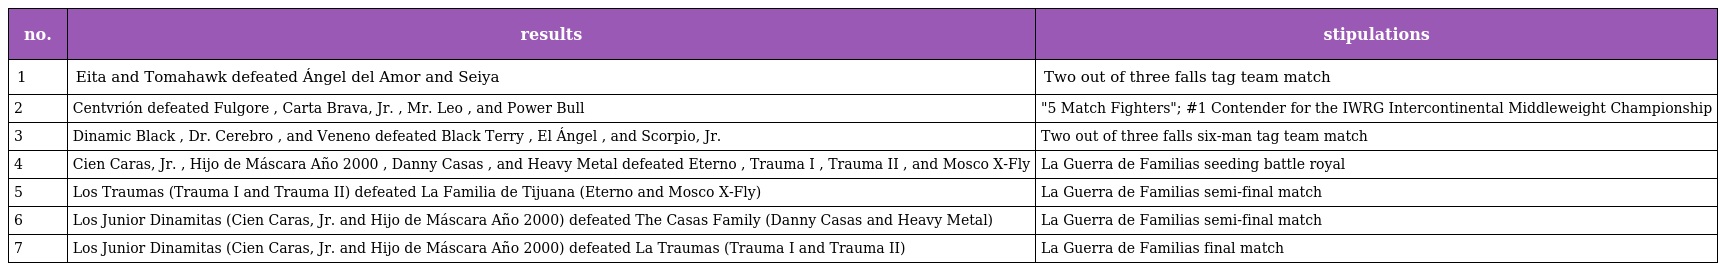
| no. | results | stipulations |
 | --- | --- | --- |
 | 1 | Eita and Tomahawk defeated Ángel del Amor and Seiya | Two out of three falls tag team match |
 | 2 | Centvrión defeated Fulgore , Carta Brava, Jr. , Mr. Leo , and Power Bull | "5 Match Fighters"; #1 Contender for the IWRG Intercontinental Middleweight Championship |
 | 3 | Dinamic Black , Dr. Cerebro , and Veneno defeated Black Terry , El Ángel , and Scorpio, Jr. | Two out of three falls six-man tag team match |
 | 4 | Cien Caras, Jr. , Hijo de Máscara Año 2000 , Danny Casas , and Heavy Metal defeated Eterno , Trauma I , Trauma II , and Mosco X-Fly | La Guerra de Familias seeding battle royal |
 | 5 | Los Traumas (Trauma I and Trauma II) defeated La Familia de Tijuana (Eterno and Mosco X-Fly) | La Guerra de Familias semi-final match |
 | 6 | Los Junior Dinamitas (Cien Caras, Jr. and Hijo de Máscara Año 2000) defeated The Casas Family (Danny Casas and Heavy Metal) | La Guerra de Familias semi-final match |
 | 7 | Los Junior Dinamitas (Cien Caras, Jr. and Hijo de Máscara Año 2000) defeated La Traumas (Trauma I and Trauma II) | La Guerra de Familias final match |